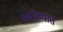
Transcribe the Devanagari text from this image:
सर्वांच्यात